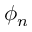
\phi _ { n }